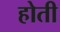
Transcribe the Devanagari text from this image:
होती